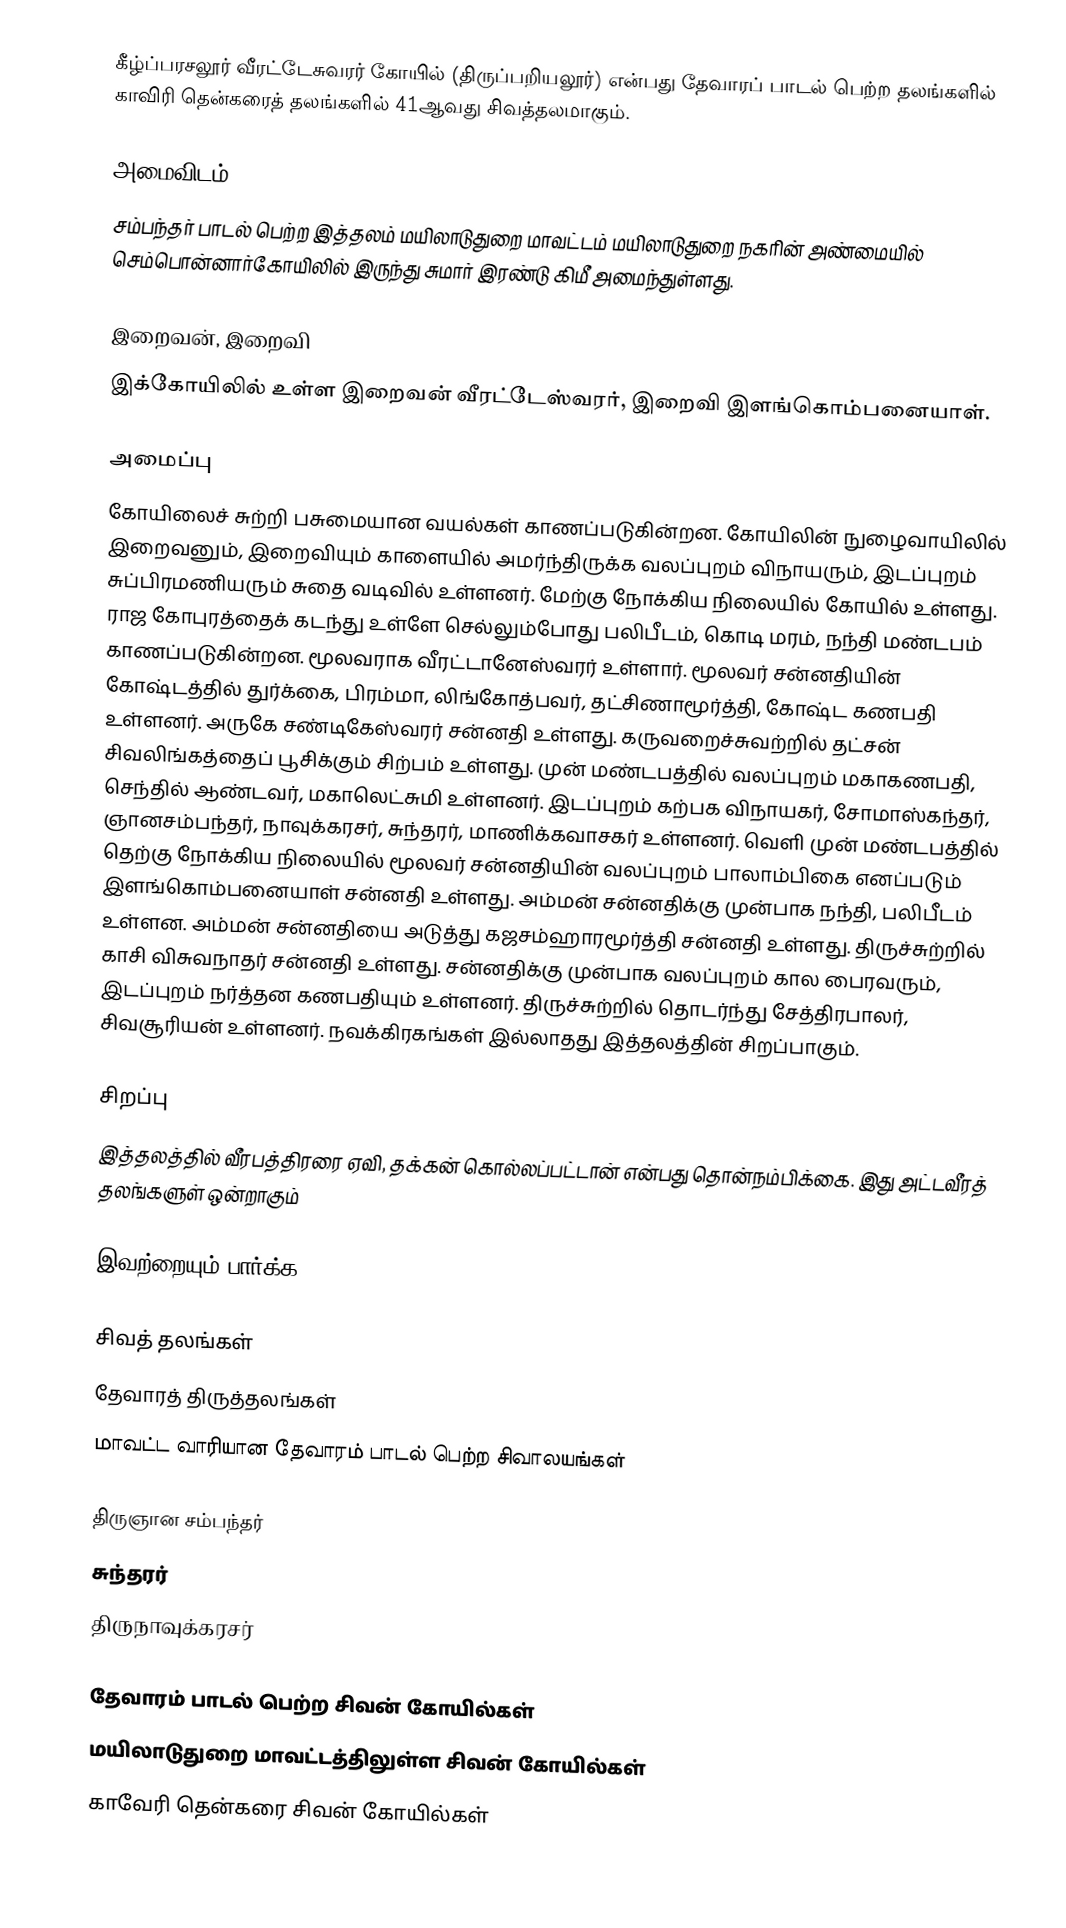
கீழ்ப்பரசலூர் வீரட்டேசுவரர் கோயில் (திருப்பறியலூர்) என்பது தேவாரப் பாடல் பெற்ற தலங்களில் காவிரி தென்கரைத் தலங்களில் 41ஆவது சிவத்தலமாகும்.

அமைவிடம்
சம்பந்தர் பாடல் பெற்ற இத்தலம் மயிலாடுதுறை மாவட்டம் மயிலாடுதுறை நகரின் அண்மையில்  செம்பொன்னார்கோயிலில் இருந்து சுமார் இரண்டு கிமீ அமைந்துள்ளது.

இறைவன், இறைவி
இக்கோயிலில் உள்ள இறைவன் வீரட்டேஸ்வரர், இறைவி இளங்கொம்பனையாள்.

அமைப்பு
கோயிலைச் சுற்றி பசுமையான வயல்கள் காணப்படுகின்றன. கோயிலின் நுழைவாயிலில் இறைவனும், இறைவியும் காளையில் அமர்ந்திருக்க வலப்புறம் விநாயரும், இடப்புறம் சுப்பிரமணியரும் சுதை வடிவில் உள்ளனர். மேற்கு நோக்கிய நிலையில் கோயில் உள்ளது. ராஜ கோபுரத்தைக் கடந்து உள்ளே செல்லும்போது பலிபீடம், கொடி மரம், நந்தி மண்டபம் காணப்படுகின்றன. மூலவராக வீரட்டானேஸ்வரர் உள்ளார். மூலவர் சன்னதியின் கோஷ்டத்தில் துர்க்கை, பிரம்மா, லிங்கோத்பவர், தட்சிணாமூர்த்தி, கோஷ்ட கணபதி உள்ளனர். அருகே சண்டிகேஸ்வரர் சன்னதி உள்ளது. கருவறைச்சுவற்றில் தட்சன் சிவலிங்கத்தைப் பூசிக்கும் சிற்பம் உள்ளது. முன் மண்டபத்தில் வலப்புறம் மகாகணபதி, செந்தில் ஆண்டவர், மகாலெட்சுமி உள்ளனர். இடப்புறம் கற்பக விநாயகர், சோமாஸ்கந்தர், ஞானசம்பந்தர், நாவுக்கரசர், சுந்தரர், மாணிக்கவாசகர் உள்ளனர். வெளி முன் மண்டபத்தில் தெற்கு நோக்கிய நிலையில் மூலவர் சன்னதியின் வலப்புறம் பாலாம்பிகை எனப்படும் இளங்கொம்பனையாள் சன்னதி உள்ளது. அம்மன் சன்னதிக்கு முன்பாக நந்தி, பலிபீடம் உள்ளன. அம்மன் சன்னதியை அடுத்து கஜசம்ஹாரமூர்த்தி சன்னதி உள்ளது. திருச்சுற்றில் காசி விசுவநாதர் சன்னதி உள்ளது. சன்னதிக்கு முன்பாக வலப்புறம் கால பைரவரும், இடப்புறம் நர்த்தன கணபதியும் உள்ளனர். திருச்சுற்றில் தொடர்ந்து சேத்திரபாலர், சிவசூரியன் உள்ளனர். நவக்கிரகங்கள் இல்லாதது இத்தலத்தின் சிறப்பாகும்.

சிறப்பு
இத்தலத்தில் வீரபத்திரரை ஏவி, தக்கன் கொல்லப்பட்டான் என்பது தொன்நம்பிக்கை. இது அட்டவீரத் தலங்களுள் ஒன்றாகும்

இவற்றையும் பார்க்க

 சிவத் தலங்கள்
 தேவாரத் திருத்தலங்கள்
 மாவட்ட வாரியான தேவாரம் பாடல் பெற்ற சிவாலயங்கள்

 திருஞான சம்பந்தர்
 சுந்தரர்
 திருநாவுக்கரசர்

தேவாரம் பாடல் பெற்ற சிவன் கோயில்கள்
மயிலாடுதுறை மாவட்டத்திலுள்ள சிவன் கோயில்கள்
காவேரி தென்கரை சிவன் கோயில்கள்